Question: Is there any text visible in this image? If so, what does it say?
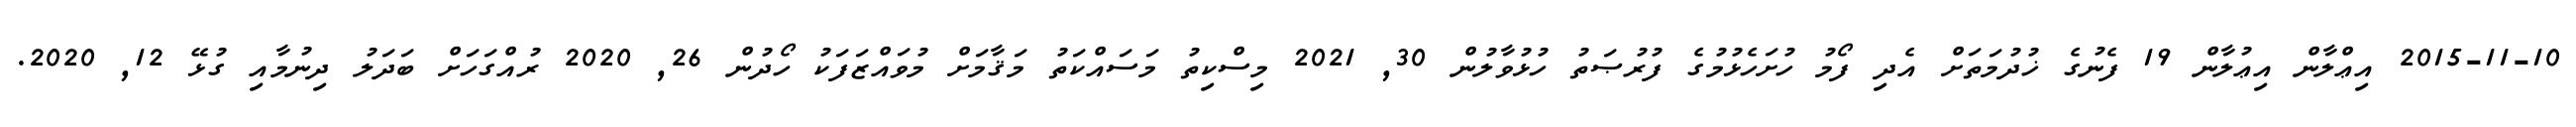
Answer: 2015-11-10 އިޢްލާން އިޢުލާން 19 ފެނުގެ ޚުދުމަތަށް އެދި ފޯމު ހުށަހެޅުމުގެ ފުރުޞަތު ހުޅުވާލުން 30, 2021 މިސްކިތު މަސައްކަތު މަޤާމަށް މުވައްޒަފަކު ހޯދުން 26, 2020 ރުއްގަހަށް ބަދަލު ދިނުމާއި ގުޅޭ 12, 2020.